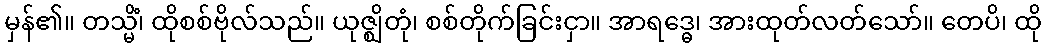
မှန်၏။ တသ္မိံ၊ ထိုစစ်ဗိုလ်သည်။ ယုဇ္ဈိတုံ၊ စစ်တိုက်ခြင်းငှာ။ အာရဒ္ဓေ၊ အားထုတ်လတ်သော်။ တေပိ၊ ထို